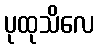
ပုထုသိလေ